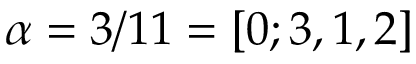
\alpha = 3 / 1 1 = [ 0 ; 3 , 1 , 2 ]